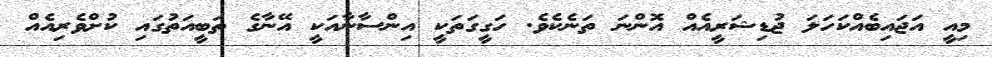
މިއީ އަޖައިބެއްކަހަލަ ޖުޑިޝަރީއެއް އޮންނަ ތަނެކެވެ. ހަގީގަތަކީ އިންސާނާއަކީ އޭނާގެ ތަބީއަތުގައި ކުށްވެރިއެއް